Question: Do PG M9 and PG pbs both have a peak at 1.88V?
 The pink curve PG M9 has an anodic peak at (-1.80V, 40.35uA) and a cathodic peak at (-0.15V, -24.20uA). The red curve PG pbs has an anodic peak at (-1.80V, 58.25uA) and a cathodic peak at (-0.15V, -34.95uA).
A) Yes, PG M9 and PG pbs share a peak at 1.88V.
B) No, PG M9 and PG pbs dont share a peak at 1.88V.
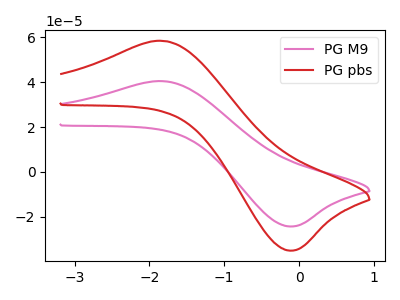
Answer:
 <answer>B) No, "PG M9" and "PG pbs" dont share a peak at 1.88V.</answer>
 <eval>B</eval>